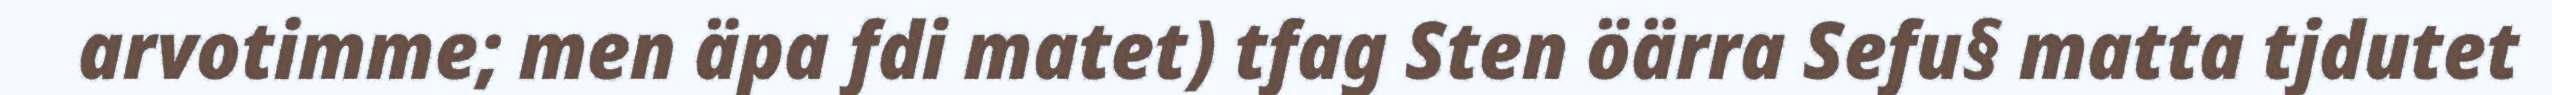
arvotimme; men äpa fdi matet) tfag Sten öärra Sefu§ matta tjdutet